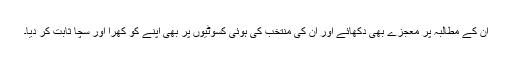
ان کے مطالبہ پر معجزے بھی دکھائے اور ان کی منتخب کی ہوئی کسوٹیوں پر بھی اپنے کو کھرا اور سچا ثابت کر دیا۔